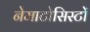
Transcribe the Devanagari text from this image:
नेमाटोसिस्टों